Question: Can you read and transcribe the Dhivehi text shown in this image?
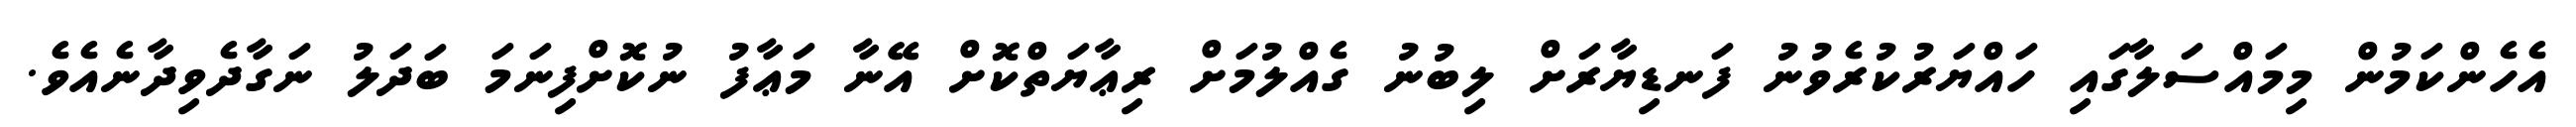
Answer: އެހެންކަމުން މިމައްސަލާގައި ހައްޔަރުކުރެވުނު ފަނޑިޔާރަށް ލިބުނު ގެއްލުމަށް ރިޢާޔަތްކޮށް އޭނާ މަޢާފު ނުކޮށްފިނަމަ ބަދަލު ނަގާދެވިދާނެއެވެ.